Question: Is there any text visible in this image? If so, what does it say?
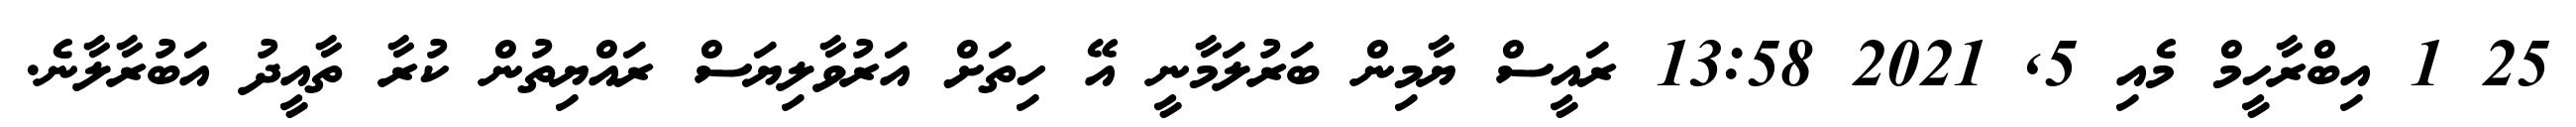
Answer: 25 1 އިބްރާހީމް މެއި 5, 2021 13:58 ރައީސް ޔާމިން ބަރުލަމާނީ އޭ ހިތަށް އަރުވާލިޔަސް ރައްޔިތުން ކުރާ ތާއީދު އަބުރާލާނެ.